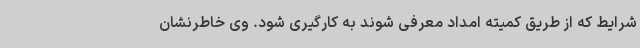
شرایط که از طریق کمیته امداد معرفی شوند به کارگیری شود. وی خاطرنشان